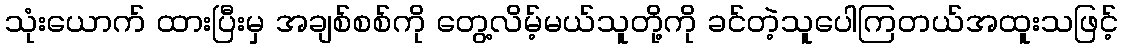
သုံးယောက် ထားပြီးမှ အချစ်စစ်ကို တွေ့လိမ့်မယ်သူတို့ကို ခင်တဲ့သူပေါကြတယ်အထူးသဖြင့်